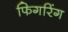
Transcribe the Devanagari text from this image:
फिगरिंग